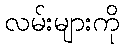
လမ်းများကို